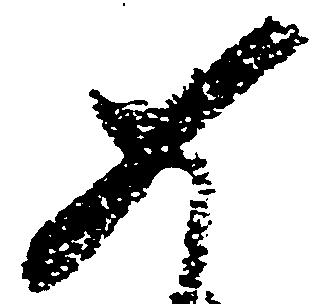
如